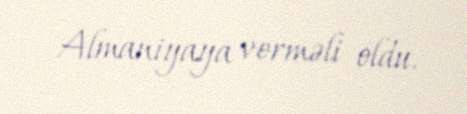
Almaniyaya verməli oldu.